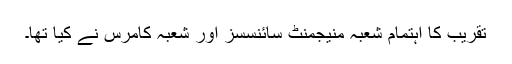
تقریب کا اہتمام شعبہ منیجمنٹ سائنسسز اور شعبہ کامرس نے کیا تھا۔